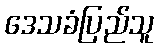
ဒေသခံပြည်သူ